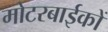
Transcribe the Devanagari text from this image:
मोटरबाईकों